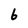
Character: 6